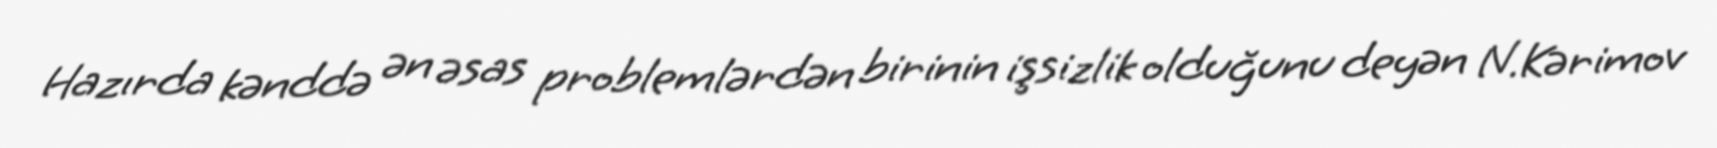
Hazırda kənddə ən əsas problemlərdən birinin işsizlik olduğunu deyən N.Kərimov